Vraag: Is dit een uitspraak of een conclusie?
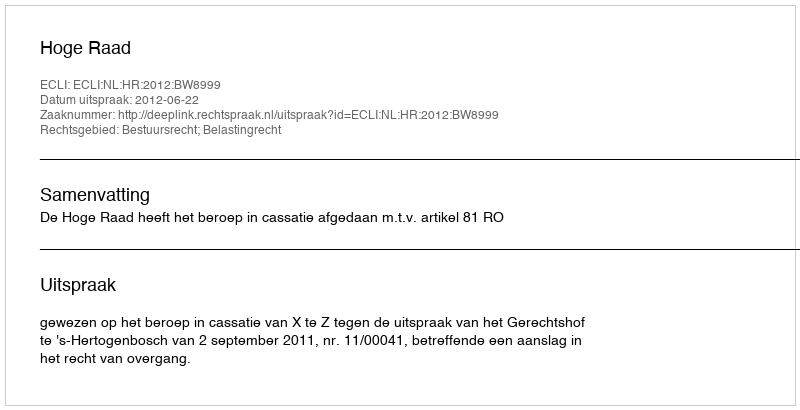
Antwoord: Uitspraak